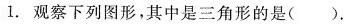
1. 观察下列图形，其中是三角形的是( ).